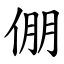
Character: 倗